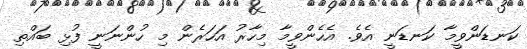
ކަނޑަންވީމާ ކަނޑަނީ އެވެ. އެހެންވީމާ މިހާރު އަހަރެން މި ހުންނަނީ ފުޅި ބައްތި